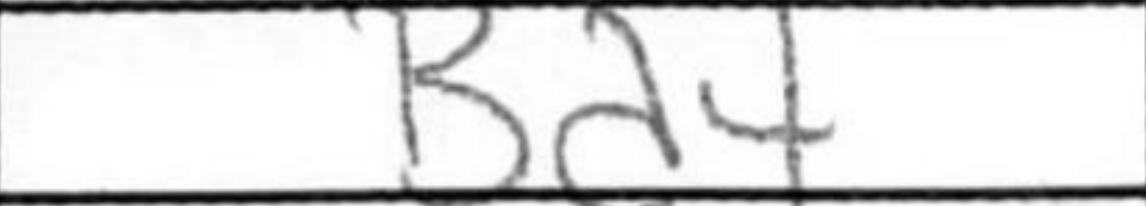
Transcription: Bd4